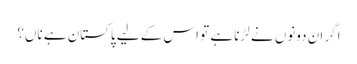
اگر ان دونوں نے لڑنا ہے تو اس کے لیے پاکستان ہے ناں؟